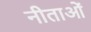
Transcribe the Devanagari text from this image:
नीताओं